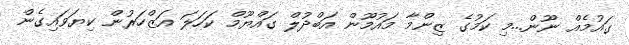
ގައުމެއް ނޫން...މި ކަމުގެ ޒިންމާ މައުމޫން އަބްދުލް ގައްޔޫމް ކަހަލަ އަޒްހަރުން ކިޔަވައިގެން